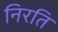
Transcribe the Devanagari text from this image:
निरति